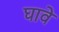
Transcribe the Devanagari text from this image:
घावे